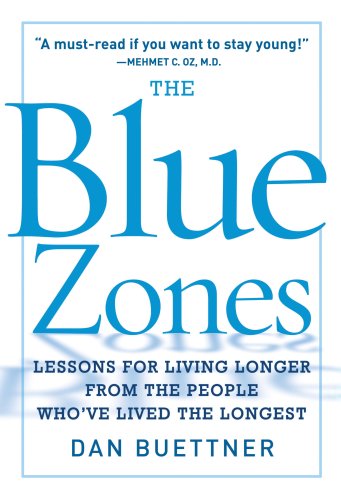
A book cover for The Blue Zones: Lessons for Living Longer From the People Who've Lived the Longest; Dan Buettner; Health, Fitness & Dieting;